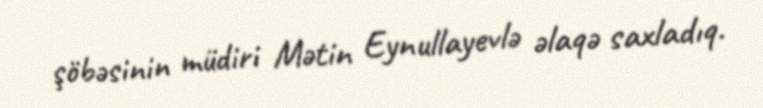
şöbəsinin müdiri Mətin Eynullayevlə əlaqə saxladıq.